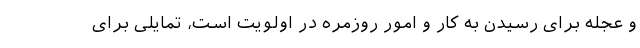
و عجله برای رسیدن به کار و امور روزمره در اولویت است، تمایلی برای